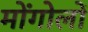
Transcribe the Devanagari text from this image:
मोंगोलों